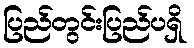
ပြည်တွင်းပြည်ပရှိ